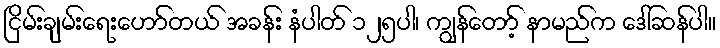
ငြိမ်းချမ်းရေးဟော်တယ် အခန်း နံပါတ် ၁၂၅ပါ၊ ကျွန်တော့် နာမည်က ဒေါ်ဆန်ပါ။